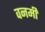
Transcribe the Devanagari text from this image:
वनमीं